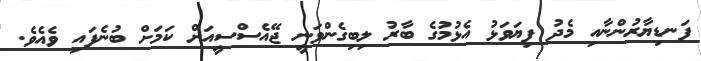
ފަނޑިޔާރުންނާއި މެދު ފިޔަވަޅު އެޅުމުގެ ބާރު ލިބިގެންވަނީ ޖޭއެސްސީއަށް ކަމަށް ބުނެފައި ވެއެވެ.